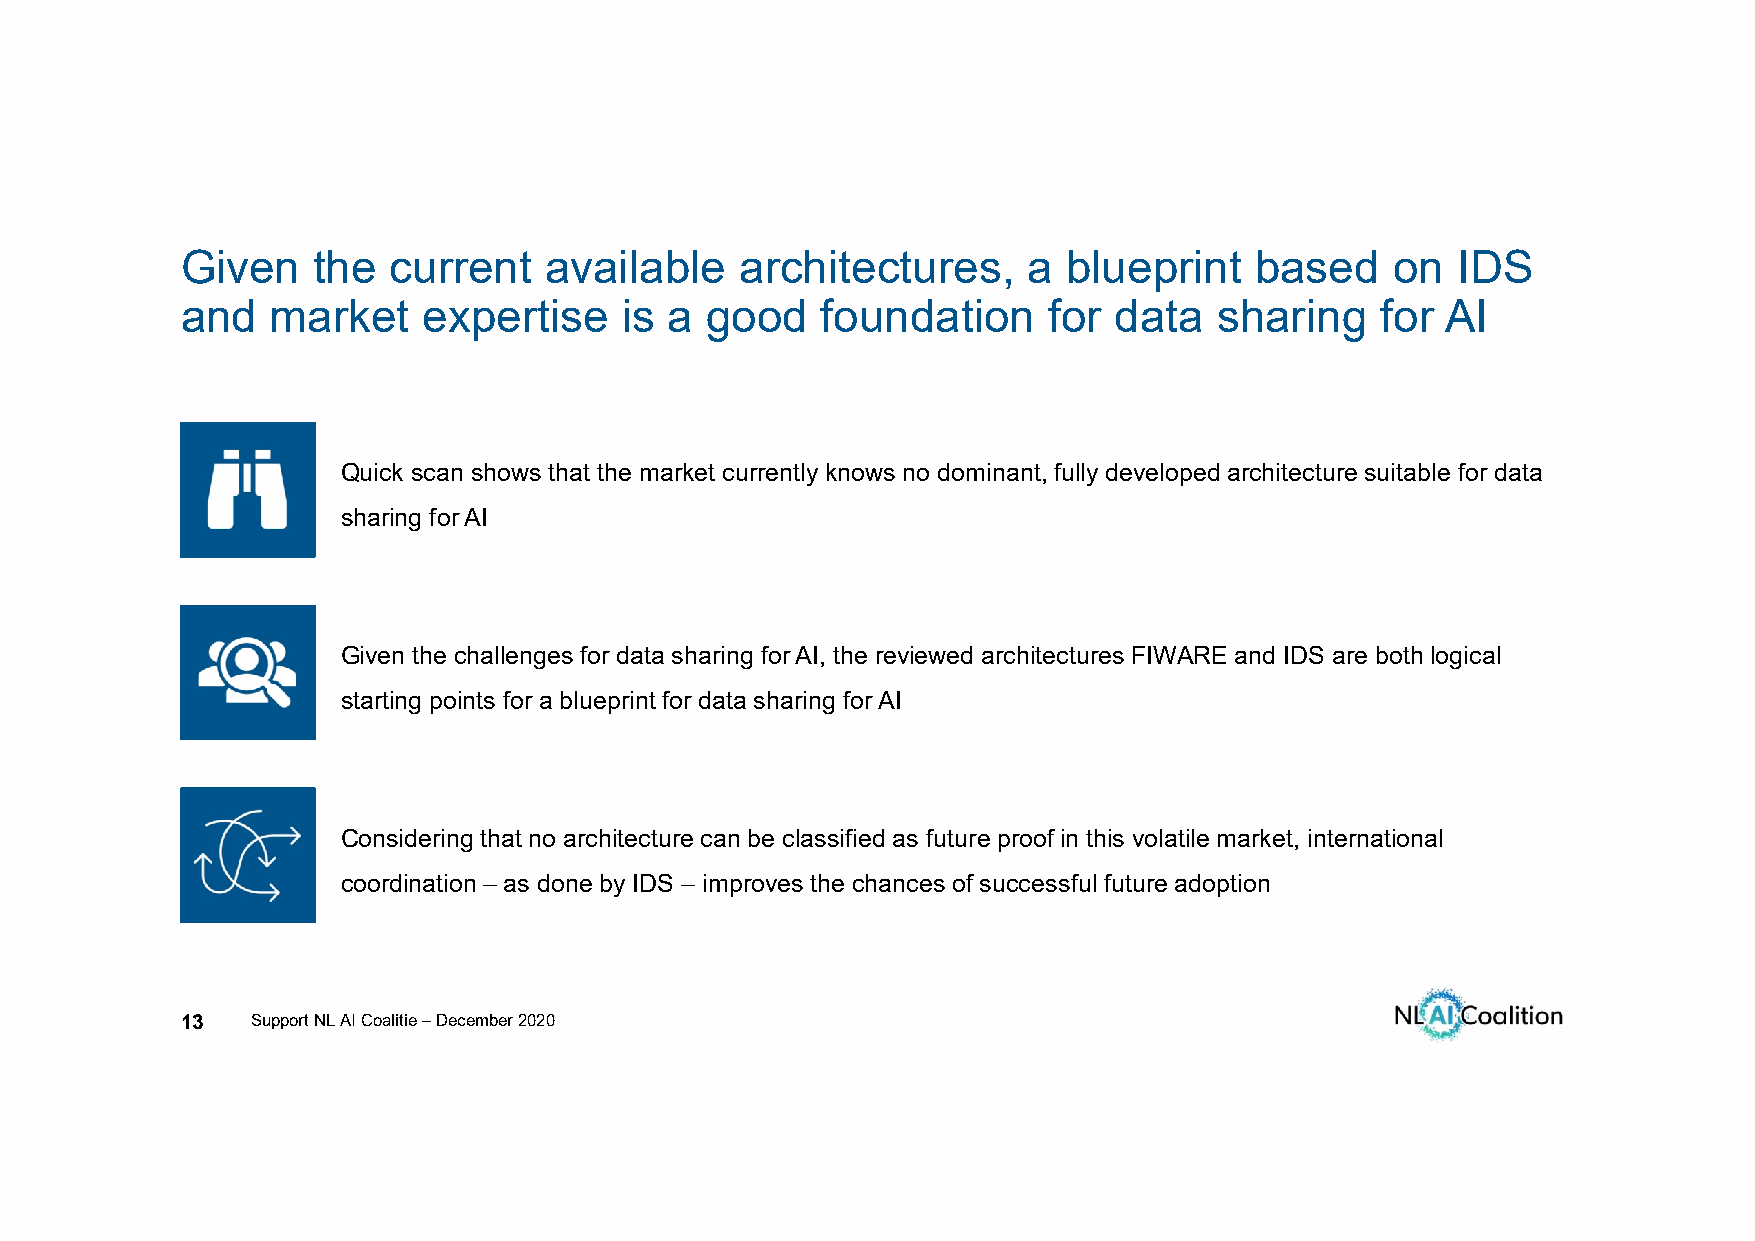
Given    the  current   available    architectures,     a  blueprint   based    on  IDS
 and   market    expertise    is a  good   foundation     for  data   sharing   for  AI
 Quick scan shows that the market currently knows no dominant, fully developed architecture suitable for data
 sharing for AI
 Given the challenges for data sharing for AI, the reviewed architectures FIWARE and IDS are both logical
 starting points for a blueprint for data sharing for AI
 Considering that no architecture can be classified as future proof in this volatile market, international
 coordination – as done by IDS – improves the chances of successful future adoption
 13   Support NL AI Coalitie –December 2020